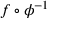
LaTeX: f \circ \phi ^ { - 1 }